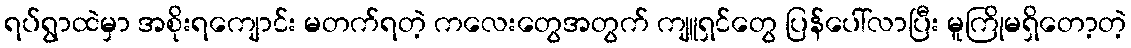
ရပ်ရွာထဲမှာ အစိုးရကျောင်း မတက်ရတဲ့ ကလေးတွေအတွက် ကျူရှင်တွေ ပြန်ပေါ်လာပြီး မူကြိုမရှိတော့တဲ့